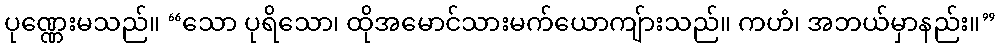
ပုဏ္ဏေးမသည်။ “သော ပုရိသော၊ ထိုအမောင်သားမက်ယောကျ်ားသည်။ ကဟံ၊ အဘယ်မှာနည်း။”